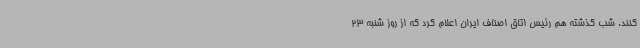
کنند. شب گذشته هم رئیس اتاق اصناف ایران اعلام کرد که از روز شنبه 23